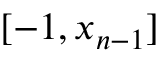
[ - 1 , x _ { n - 1 } ]